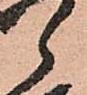
郎